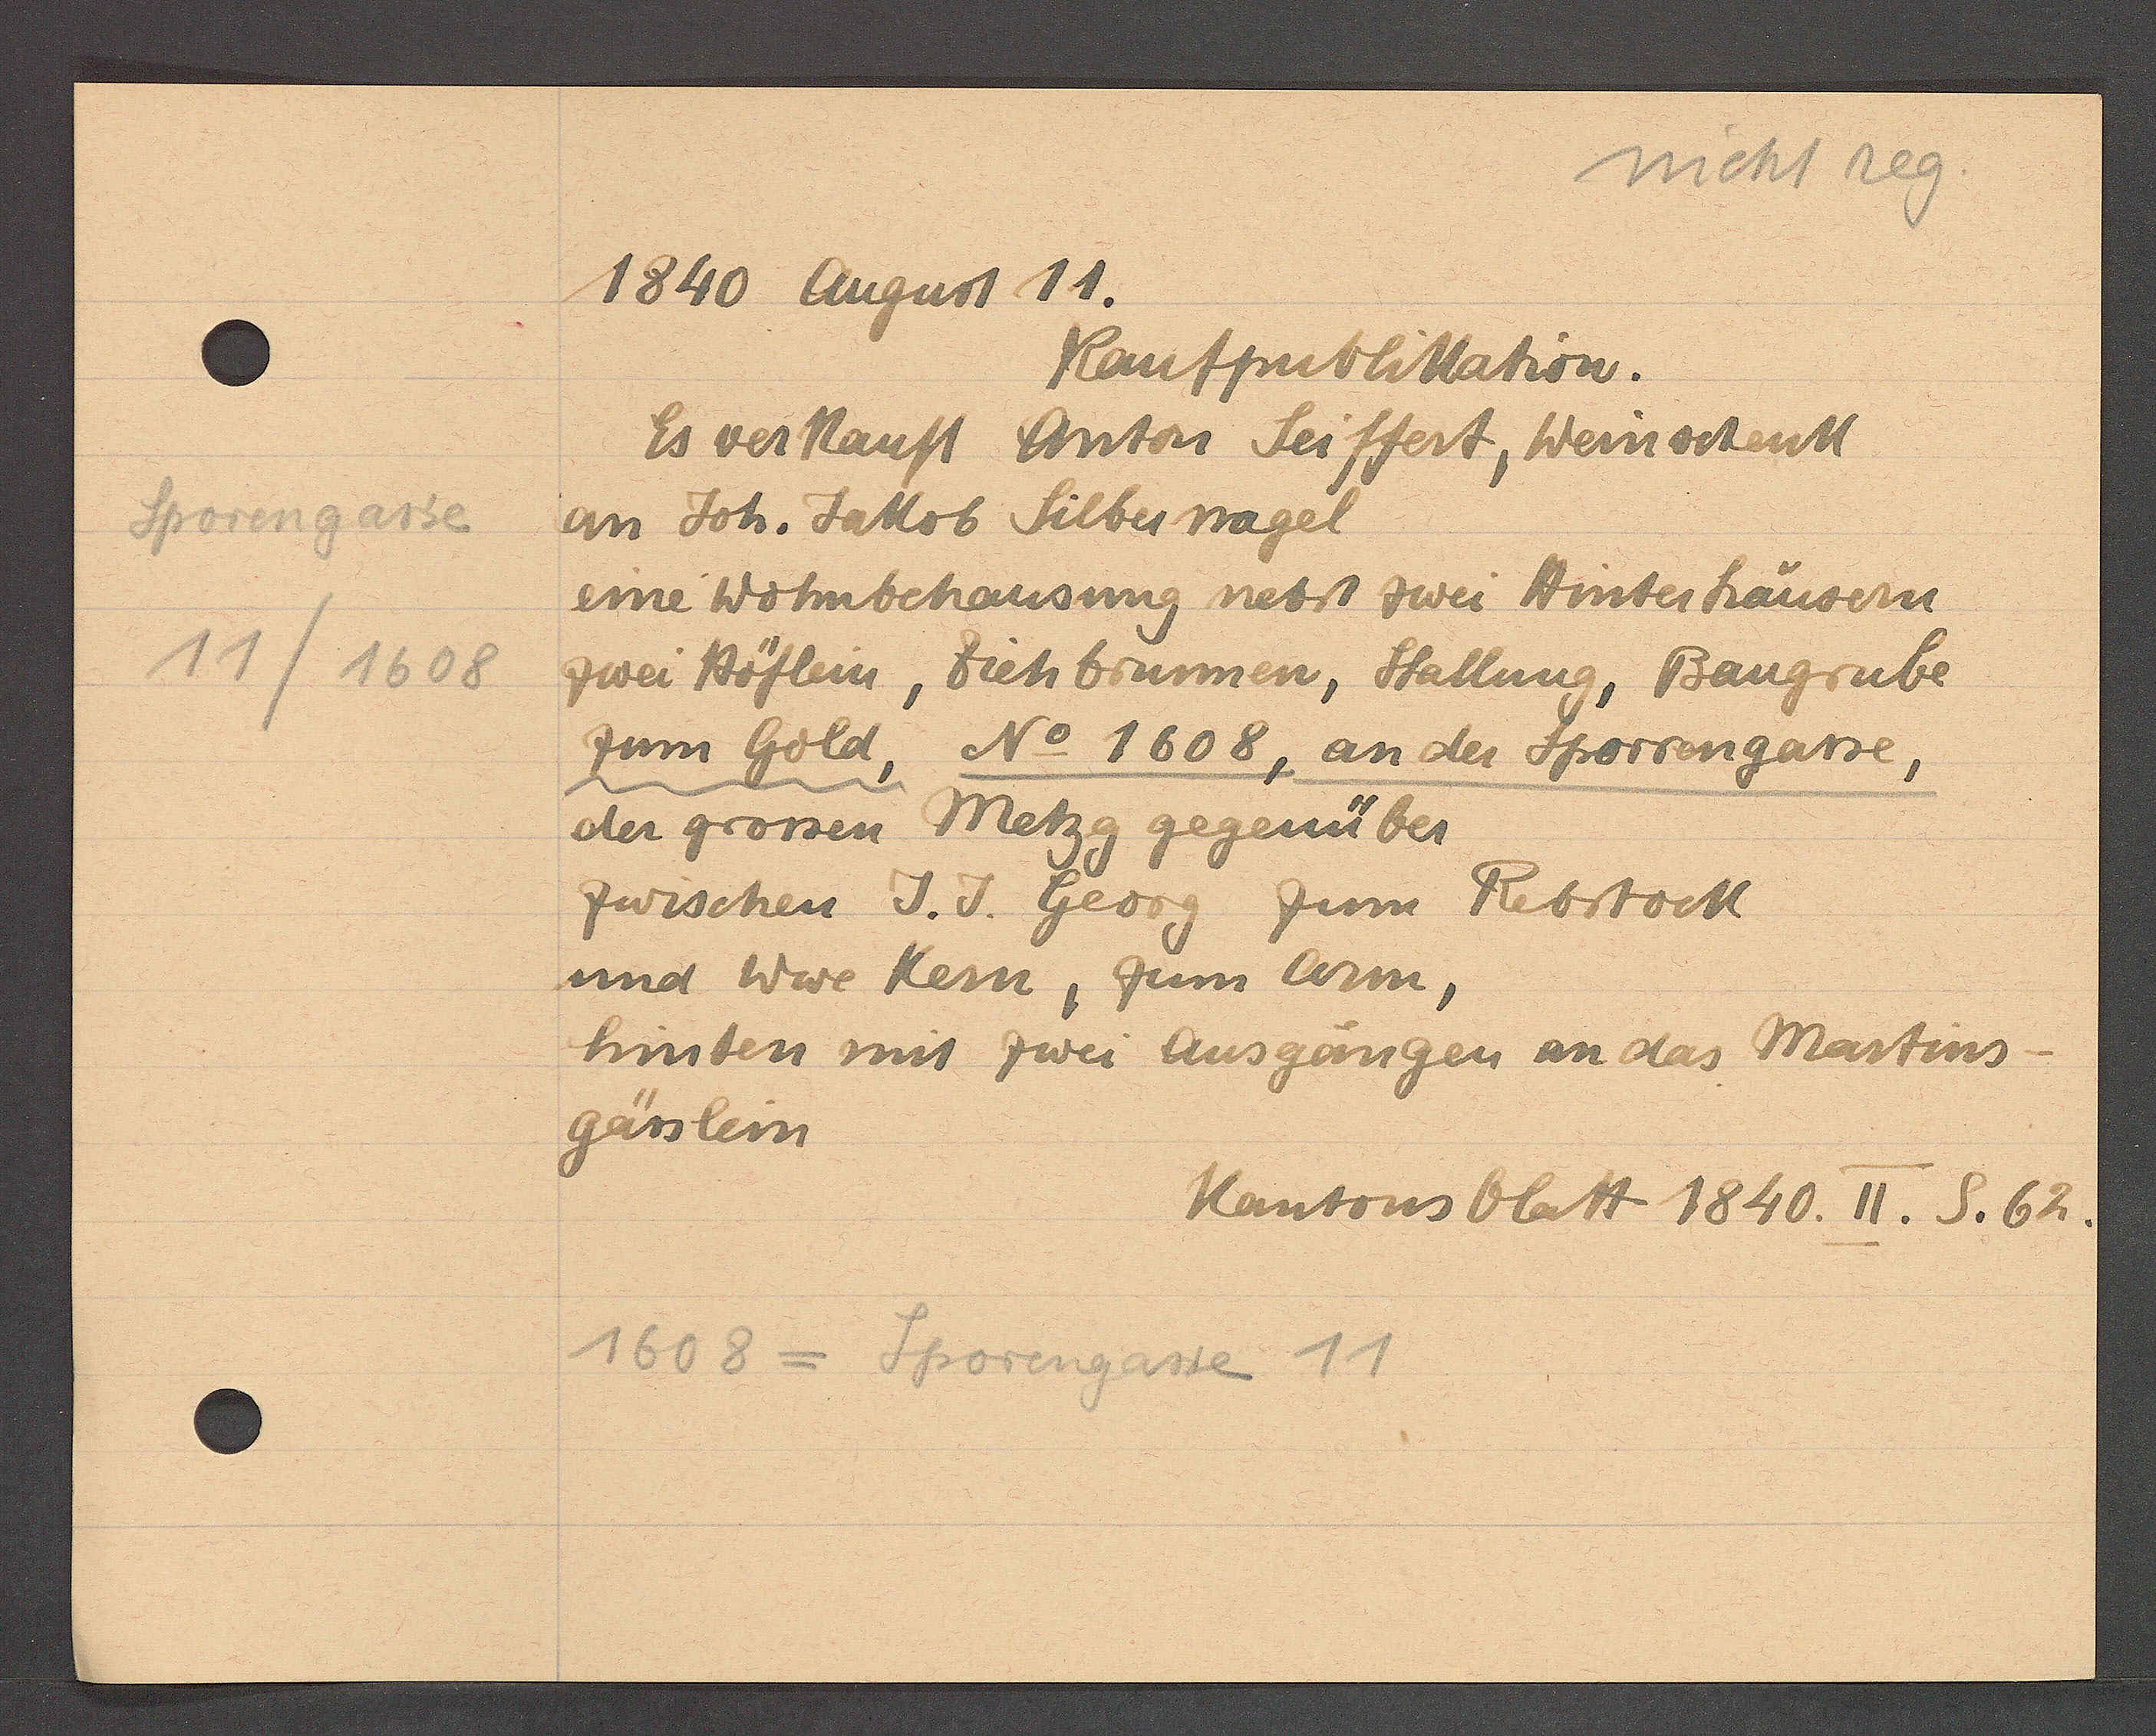
Transcript:
Sporengasse
11/1608

1840 August 11.

Kaufpublikation.
Es verkauft Anton Seiffert, Weinschenk
an Joh. Jakob Silbernagel
eine Wohnbehausung nebst zwei Hinterhäusern
zwei Höflein, Ziehbrunnen, Stallung, Baugrube
zum Gold, No 1608, an der Sporrengasse,
der grossen Metzg gegenüber
zwischen J.J. Georg zum Rebstock
und Wwe Kern, zum Corn,
hinten mit zwei Ausgängen an das Martins
gässlein

1608 = Sporengasse 11.

Kantonsblatt 1840. II. S. 62.